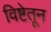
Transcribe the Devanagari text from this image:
विष्टेतून